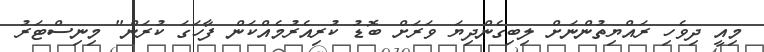
މިއީ ދިވެހި ރައްޔިތުންނަށް ލިބިގެންދިޔަ ވަރަށް ބޮޑު ކުރިއެރުމެއްކަން ފާހަގަ ކުރަން" މިނިސްޓަރު